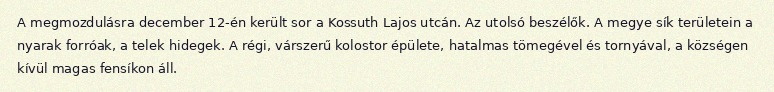
A megmozdulásra december 12-én került sor a Kossuth Lajos utcán. Az utolsó beszélők. A megye sík területein a nyarak forróak, a telek hidegek. A régi, várszerű kolostor épülete, hatalmas tömegével és tornyával, a községen kívül magas fensíkon áll.